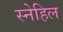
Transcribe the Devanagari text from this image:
स्नेहिल